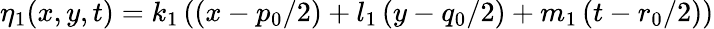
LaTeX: \eta_{1}(x,y,t)=k_{1}\left(\left(x-{p_{0}}/{2}\right)+l_{1}\left(y-{q_{0}}/{2}\right)+m_{1}\left(t-{r_{0}}/{2}\right)\right)